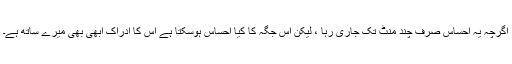
اگرچہ یہ احساس صرف چند منٹ تک جاری رہا ، لیکن اس جگہ کا کیا احساس ہوسکتا ہے اس کا ادراک ابھی بھی میرے ساتھ ہے۔